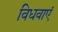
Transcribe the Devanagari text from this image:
विधवाएं